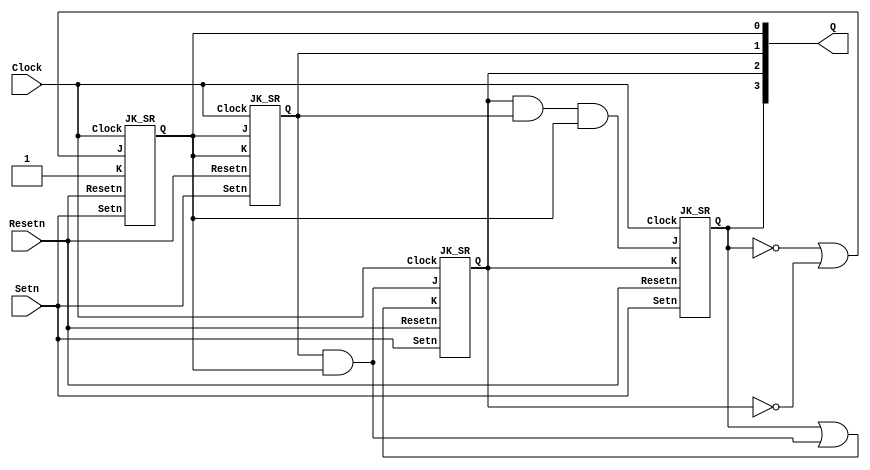

module mod13_counter(Q, Setn, Resetn, Clock); //mod-13 counter(6-2-3-2)
	input Setn, Resetn, Clock;
	output [3:0] Q;
	reg K;

	initial
		K = 1;
	
	JK_SR jk3(Q[3], Q[2] & Q[1] & Q[0], Q[2], Setn, Resetn, Clock);
	JK_SR jk2(Q[2], Q[1] & Q[0], Q[3] | (Q[1] & Q[0]), Setn, Resetn, Clock);
	JK_SR jk1(Q[1], Q[0], Q[0], Setn, Resetn, Clock);
	JK_SR jk0(Q[0], ~Q[3] | ~Q[2], K, Setn, Resetn, Clock);
endmodule


module JK_SR(Q, J, K, Setn, Resetn, Clock); // J-K FF (counter)
	input J, K, Setn, Resetn, Clock;
	output reg Q;

	always @(posedge Clock)
	begin
		if (Setn == 0)
			Q <= 1;
		else if (Resetn == 0)
			Q <= 0;
		else
			case ({J,K})
				{1'b0, 1'b0}: Q = Q;
				{1'b0, 1'b1}: Q = 1'b0;
				{1'b1, 1'b0}: Q = 1'b1;
				{1'b1, 1'b1}: Q = ~Q;
			endcase
	end
endmodule


module tc_mealy_TC3to3(count, NS_G, NS_Y, NS_R, EW_G, EW_Y, EW_R, Setn, Resetn, Clock, sensor); // 6-output Traffic Controller
	output reg NS_G, NS_Y, NS_R, EW_G, EW_Y, EW_R;
	output wire [3:0] count;
	input Setn, Resetn, Clock, sensor;
	parameter NS_G_EW_R = 2'b00, NS_Y_EW_R = 2'b01, NS_R_EW_G = 2'b10, NS_R_EW_Y = 2'b11; // 4 state (S0~S3)
	reg [1:0]ps; // present state
	reg [1:0]ns; // next state
	reg ts0;
	reg ts1; // counter 6
	reg ts2; // counter 3
	reg ts3; // counter 2
	reg reset;
	
	initial
	begin
		ps <= NS_G_EW_R;
	end
	
	mod13_counter counter(count, Setn, reset, Clock);

	always @(ps, sensor) // sensor
	begin
		if (sensor == 0 && NS_G == 1)
			reset <= 0;
		else
			reset <= 1;
	end
	always @(count)
	begin
		if (count == 4'b0101)
		begin
			ts0 <= 0;
			ts1 <= 1;
			ts2 <= 0;
			ts3 <= 0;
		end
		else if (count == 4'b0111)
		begin
			ts0 <= 0;
			ts1 <= 0;
			ts2 <= 0;
			ts3 <= 1;
		end
		else if (count == 4'b1010)
		begin
			ts0 <= 0;
			ts1 <= 0;
			ts2 <= 1;
			ts3 <= 0;
		end
		else if (count == 4'b1100)
		begin
			ts0 <= 0;
			ts1 <= 0;
			ts2 <= 0;
			ts3 <= 1;
		end
		else
			ts0 <= 1;
	end
	
	always @(ts0, ts1, ts2, ts3, ps) // Mealy machine
	begin
		if (ps == NS_G_EW_R) // S0
		begin
			if (ts1 == 1) // NS_G_EW_R & ts1 high - (S1)
			begin
				ns <= NS_Y_EW_R;
				NS_G <= 0;
				NS_Y <= 1;
				NS_R <= 0;
				EW_G <= 0;
				EW_Y <= 0;
				EW_R <= 1;
			end
			else
			begin
				ns <= NS_G_EW_R;
				NS_G <= 1;
				NS_Y <= 0;
				NS_R <= 0;
				EW_G <= 0;
				EW_Y <= 0;
				EW_R <= 1;
			end
		end
		else if (ps == NS_Y_EW_R) //S1
		begin
			if (ts3 == 1) // NS_Y_EW_R & ts3 high - (S2)
			begin
				ns <= NS_R_EW_G;
				NS_G <= 0;
				NS_Y <= 0;
				NS_R <= 1;
				EW_G <= 1;
				EW_Y <= 0;
				EW_R <= 0;
			end
			else
			begin
				ns <= NS_Y_EW_R;
				NS_G <= 0;
				NS_Y <= 1;
				NS_R <= 0;
				EW_G <= 0;
				EW_Y <= 0;
				EW_R <= 1;
			end
		end
		else if (ps == NS_R_EW_G) // S2
		begin
			if (ts2 == 1) // NS_R_EW_G & ts2 high - (S3)
			begin
				ns <= NS_R_EW_Y;
				NS_G <= 0;
				NS_Y <= 0;
				NS_R <= 1;
				EW_G <= 0;
				EW_Y <= 1;
				EW_R <= 0;
			end
			else
			begin
				ns <= NS_R_EW_G;
				NS_G <= 0;
				NS_Y <= 0;
				NS_R <= 1;
				EW_G <= 1;
				EW_Y <= 0;
				EW_R <= 0;
			end
		end
		else if (ps == NS_R_EW_Y) // S3
		begin
			if (ts3 == 1) // NS_R_EW_Y & ts3 high - (S0)
			begin
				ns <= NS_G_EW_R;
				NS_G <= 1;
				NS_Y <= 0;
				NS_R <= 0;
				EW_G <= 0;
				EW_Y <= 0;
				EW_R <= 1;
			end
			else
			begin
				ns <= NS_R_EW_Y;
				NS_G <= 0;
				NS_Y <= 0;
				NS_R <= 1;
				EW_G <= 0;
				EW_Y <= 1;
				EW_R <= 0;
			end
		end
	end

	always @(posedge Clock)
		ps <= ns;

endmodule